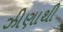
ઝીણાથી